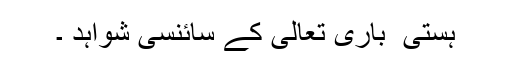
ہستی ٔ باری تعالیٰ کے سائنسی شواہد ۔